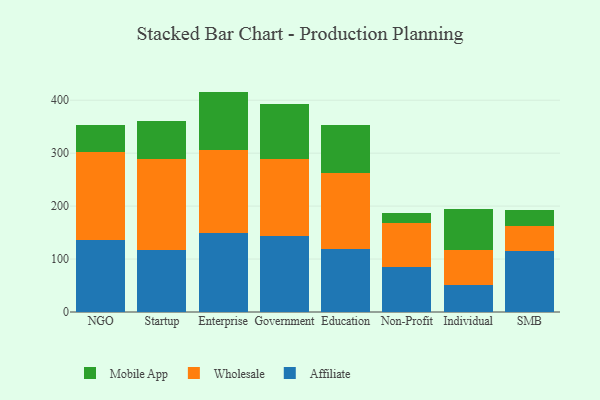
{"axis": {"x": "Segment", "y": "Budget (USD K)"}, "legend": ["Affiliate", "Mobile App", "Wholesale"], "data": [{"x": "NGO", "y": 135.5, "type": "Affiliate"}, {"x": "NGO", "y": 166.3, "type": "Wholesale"}, {"x": "NGO", "y": 51.8, "type": "Mobile App"}, {"x": "Startup", "y": 116.4, "type": "Affiliate"}, {"x": "Startup", "y": 172.7, "type": "Wholesale"}, {"x": "Startup", "y": 72.1, "type": "Mobile App"}, {"x": "Enterprise", "y": 148.9, "type": "Affiliate"}, {"x": "Enterprise", "y": 156.5, "type": "Wholesale"}, {"x": "Enterprise", "y": 110.9, "type": "Mobile App"}, {"x": "Government", "y": 143.8, "type": "Affiliate"}, {"x": "Government", "y": 144.4, "type": "Wholesale"}, {"x": "Government", "y": 104.2, "type": "Mobile App"}, {"x": "Education", "y": 119.1, "type": "Affiliate"}, {"x": "Education", "y": 143.2, "type": "Wholesale"}, {"x": "Education", "y": 91.4, "type": "Mobile App"}, {"x": "Non-Profit", "y": 85.1, "type": "Affiliate"}, {"x": "Non-Profit", "y": 82.3, "type": "Wholesale"}, {"x": "Non-Profit", "y": 20.3, "type": "Mobile App"}, {"x": "Individual", "y": 51.2, "type": "Affiliate"}, {"x": "Individual", "y": 65.2, "type": "Wholesale"}, {"x": "Individual", "y": 77.9, "type": "Mobile App"}, {"x": "SMB", "y": 114.7, "type": "Affiliate"}, {"x": "SMB", "y": 47.8, "type": "Wholesale"}, {"x": "SMB", "y": 29.5, "type": "Mobile App"}]}